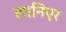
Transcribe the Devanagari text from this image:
लानिएर